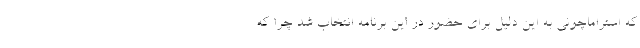
که استراماچونی به این دلیل برای حضور در این برنامه انتخاب شد چرا که